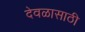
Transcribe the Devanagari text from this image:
देवळासाठी